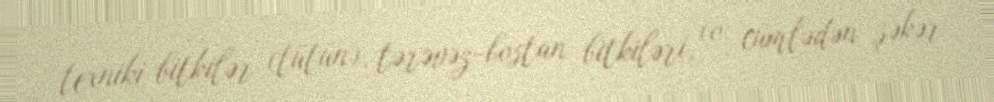
texniki bitkilər (tütün), tərəvəz-bostan bitkiləri, (o cümlədən şəkər